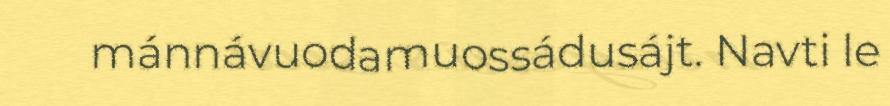
mánnávuodamuossádusájt. Navti le